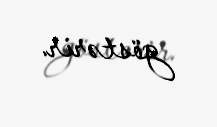
göstərir.